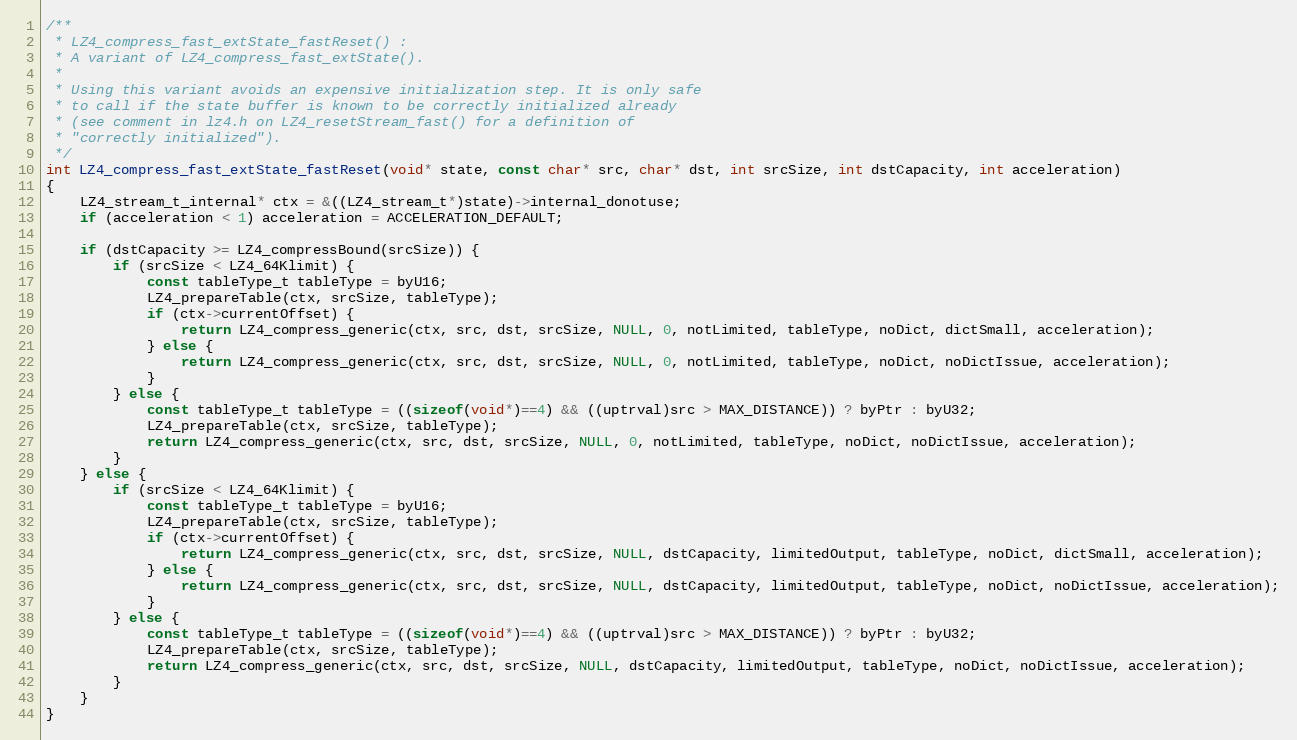
Language: C
/**
 * LZ4_compress_fast_extState_fastReset() :
 * A variant of LZ4_compress_fast_extState().
 *
 * Using this variant avoids an expensive initialization step. It is only safe
 * to call if the state buffer is known to be correctly initialized already
 * (see comment in lz4.h on LZ4_resetStream_fast() for a definition of
 * "correctly initialized").
 */
int LZ4_compress_fast_extState_fastReset(void* state, const char* src, char* dst, int srcSize, int dstCapacity, int acceleration)
{
    LZ4_stream_t_internal* ctx = &((LZ4_stream_t*)state)->internal_donotuse;
    if (acceleration < 1) acceleration = ACCELERATION_DEFAULT;

    if (dstCapacity >= LZ4_compressBound(srcSize)) {
        if (srcSize < LZ4_64Klimit) {
            const tableType_t tableType = byU16;
            LZ4_prepareTable(ctx, srcSize, tableType);
            if (ctx->currentOffset) {
                return LZ4_compress_generic(ctx, src, dst, srcSize, NULL, 0, notLimited, tableType, noDict, dictSmall, acceleration);
            } else {
                return LZ4_compress_generic(ctx, src, dst, srcSize, NULL, 0, notLimited, tableType, noDict, noDictIssue, acceleration);
            }
        } else {
            const tableType_t tableType = ((sizeof(void*)==4) && ((uptrval)src > MAX_DISTANCE)) ? byPtr : byU32;
            LZ4_prepareTable(ctx, srcSize, tableType);
            return LZ4_compress_generic(ctx, src, dst, srcSize, NULL, 0, notLimited, tableType, noDict, noDictIssue, acceleration);
        }
    } else {
        if (srcSize < LZ4_64Klimit) {
            const tableType_t tableType = byU16;
            LZ4_prepareTable(ctx, srcSize, tableType);
            if (ctx->currentOffset) {
                return LZ4_compress_generic(ctx, src, dst, srcSize, NULL, dstCapacity, limitedOutput, tableType, noDict, dictSmall, acceleration);
            } else {
                return LZ4_compress_generic(ctx, src, dst, srcSize, NULL, dstCapacity, limitedOutput, tableType, noDict, noDictIssue, acceleration);
            }
        } else {
            const tableType_t tableType = ((sizeof(void*)==4) && ((uptrval)src > MAX_DISTANCE)) ? byPtr : byU32;
            LZ4_prepareTable(ctx, srcSize, tableType);
            return LZ4_compress_generic(ctx, src, dst, srcSize, NULL, dstCapacity, limitedOutput, tableType, noDict, noDictIssue, acceleration);
        }
    }
}